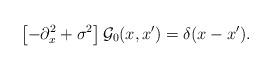
LaTeX: \begin{align*}\left[-\partial_x^2+\sigma^2\right]{\cal G}_0(x,x')=\delta(x-x').\end{align*}